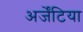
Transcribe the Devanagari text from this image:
अर्जेंटिया